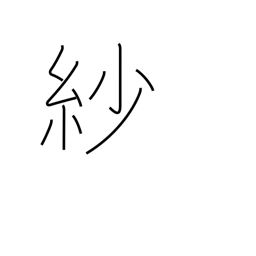
Meaning: gossamer